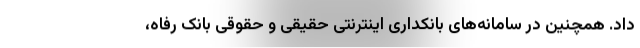
داد. همچنین در سامانه‌های بانکداری اینترنتی حقیقی و حقوقی بانک رفاه،